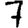
Digit: 7